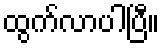
ထွက်လာပါပြီ။